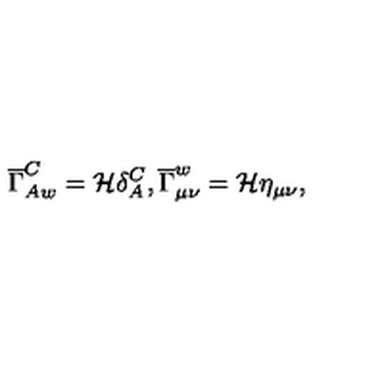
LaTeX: \overline { { \Gamma } } _ { A w } ^ { C } = { \cal H } \delta _ { A } ^ { C } , \overline { { \Gamma } } _ { \mu \nu } ^ { w } = { \cal H } \eta _ { \mu \nu } ,